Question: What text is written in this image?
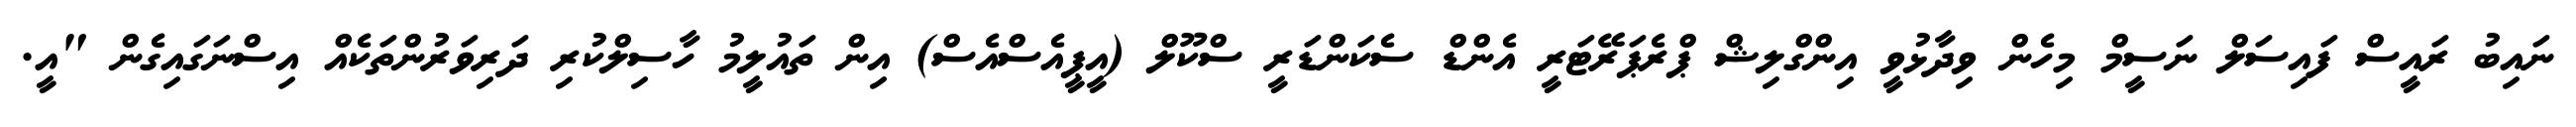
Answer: ނައިބު ރައީސް ފައިސަލް ނަސީމް މިހެން ވިދާޅުވީ އިންގްލިޝް ޕްރެޕަރޭޓަރީ އެންޑް ސެކަންޑަރީ ސްކޫލް (އީޕީއެސްއެސް) އިން ތައުލީމު ހާސިލްކުރި ދަރިވަރުންތަކެއް އިސްނަގައިގެން "އީ.